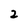
Character: 2